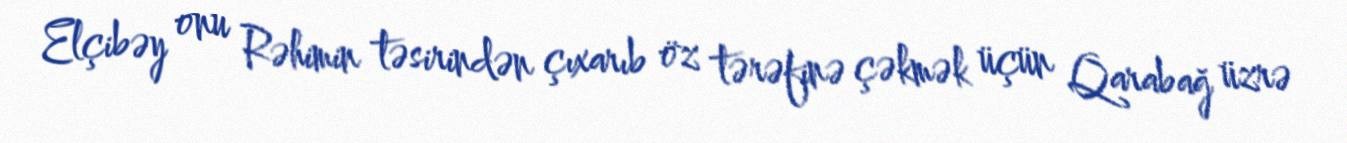
Elçibəy onu Rəhimin təsirindən çıxarıb öz tərəfinə çəkmək üçün Qarabağ üzrə